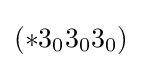
(*3_{0}3_{0}3_{0})